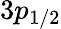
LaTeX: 3p_{1/2}